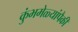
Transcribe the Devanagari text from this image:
कुंभमेळ्यांपैकी